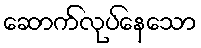
ဆောက်လုပ်နေသော